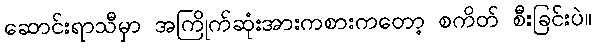
ဆောင်းရာသီမှာ အကြိုက်ဆုံးအားကစားကတော့ စကိတ် စီးခြင်းပဲ။